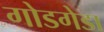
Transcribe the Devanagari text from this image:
गोडगेडा